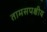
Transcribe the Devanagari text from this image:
तामसपक्षीय